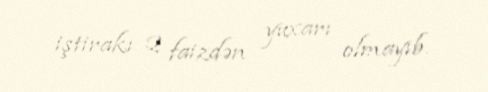
iştirakı 2 faizdən yuxarı olmayıb.